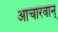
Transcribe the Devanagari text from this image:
आचारवान्